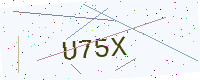
Text: U75X